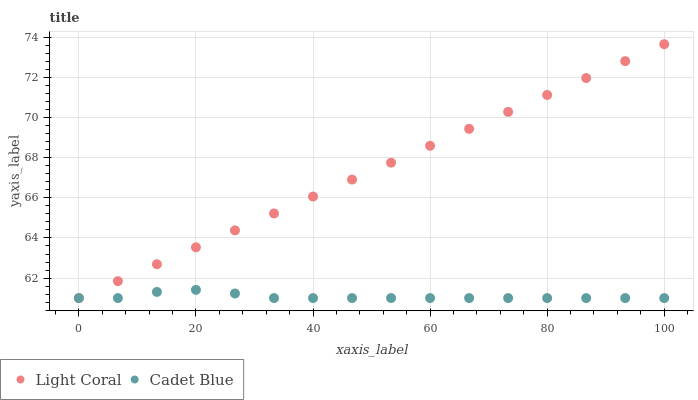
| xaxis_label | Light Coral | Cadet Blue |
 | --- | --- | --- |
 | 0 | 61 | 61 |
 | 6.67 | 61.8 | 61 |
 | 13.3 | 62.7 | 61.3 |
 | 20 | 63.5 | 61.4 |
 | 26.7 | 64.4 | 61.2 |
 | 33.3 | 65.2 | 61 |
 | 40 | 66.1 | 61 |
 | 46.7 | 66.9 | 61 |
 | 53.3 | 67.8 | 61 |
 | 60 | 68.6 | 61 |
 | 66.7 | 69.4 | 61 |
 | 73.3 | 70.3 | 61 |
 | 80 | 71.1 | 61 |
 | 86.7 | 72 | 61 |
 | 93.3 | 72.8 | 61 |
 | 100 | 73.7 | 61 |